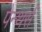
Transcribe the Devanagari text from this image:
पेन्थर्स